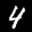
Label: 4